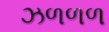
ઝળળળ